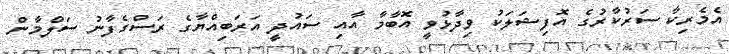
އެމެރިކާ ސަރުކާރުގެ އޮފިޝަލަކު ވިދާޅުވީ އޮބާމާ އާއި ސައުދީ އަރަބިއްޔާގެ ރަސްގެފާނު ސަލްމާން